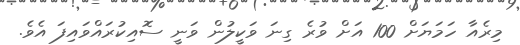
މިރެއާ ހަމަޔަށް 100 އަށް ވުރެ ގިނަ ވަކީލުން ވަނީ ސޮއިކުރައްވައިފަ އެވެ.